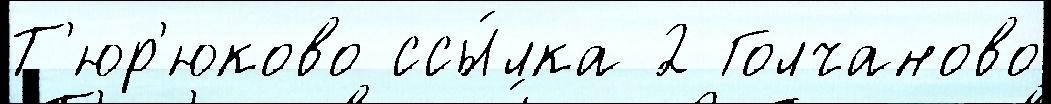
Т'юр'юково ссы́лка 2 Голчаново